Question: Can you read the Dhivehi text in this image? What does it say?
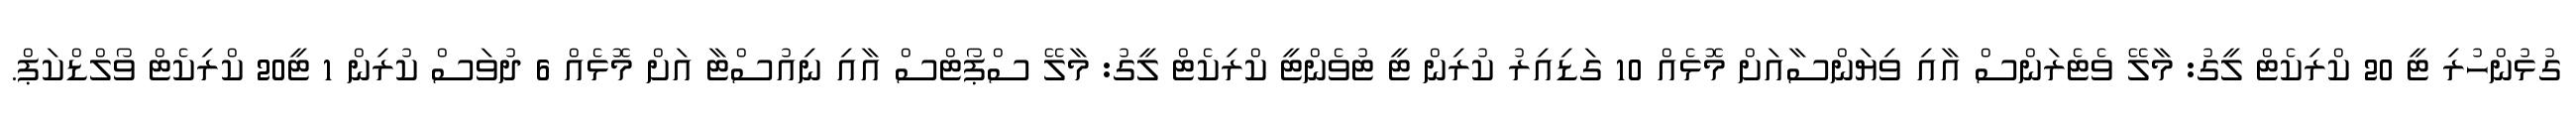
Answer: ގުޅުންހުރި ޓީ 20 ކްރިކެޓް ލީގު: މާލޭ ވެޓެރަންސް އާއި ވިޔަންސާއަށް މޮޅެއް 10 ގަޑިއިރު ކުރިން ޓީ ޓުވެންޓީ ކްރިކެޓް ލީގު: މާލޭ ސްޕޯޓްސް އާއި ނިއުސްޓާ އަށް މޮޅެއް 6 ދުވަސް ކުރިން 1 ޓީ20 ކްރިކެޓް ވޯލްޑްކަޕް.